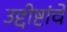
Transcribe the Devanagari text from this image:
उद्दीष्टांचे